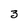
Character: 3